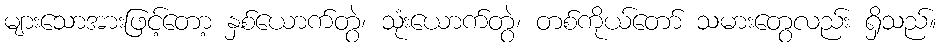
များသောအားဖြင့်တော့ နှစ်ယောက်တွဲ၊ သုံးယောက်တွဲ၊ တစ်ကိုယ်တော် သမားတွေလည်း ရှိသည်။